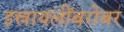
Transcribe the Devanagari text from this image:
इस्रायलींबरोबर